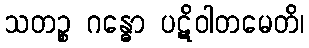
သတဉ္စ ဂန္ဓော ပဋိဝါတမေတိ၊